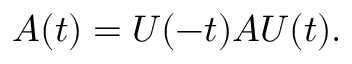
A ( t ) = U ( - t ) A U ( t ) . \quad